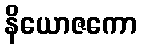
နိယောဇကော